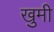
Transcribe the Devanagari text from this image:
खुमी